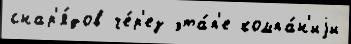
снар'я́дов че́р'ез эта́п'е компа́н'иjи